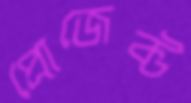
প্রোজেক্ট